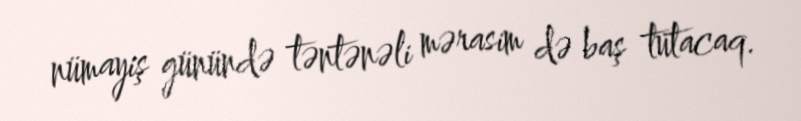
nümayiş günündə təntənəli mərasim də baş tutacaq.